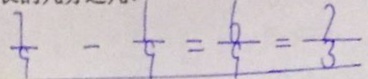
\frac { 7 } { 9 } - \frac { 1 } { 9 } = \frac { 6 } { 9 } = \frac { 7 } { 3 }